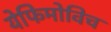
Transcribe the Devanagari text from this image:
येफिमोविच